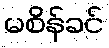
မစိန်ခင်